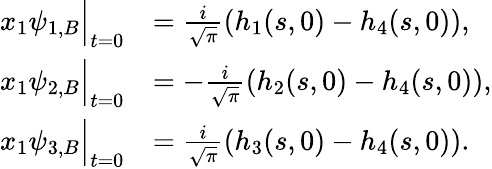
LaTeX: \begin{array}{rl}{x_{1}\psi_{1,B}\Big|_{t=0}}&{=\frac{i}{\sqrt{\pi}}(h_{1}(s,0)-h_{4}(s,0)),}\\ {x_{1}\psi_{2,B}\Big|_{t=0}}&{=-\frac{i}{\sqrt{\pi}}(h_{2}(s,0)-h_{4}(s,0)),}\\ {x_{1}\psi_{3,B}\Big|_{t=0}}&{=\frac{i}{\sqrt{\pi}}(h_{3}(s,0)-h_{4}(s,0)).}\end{array}